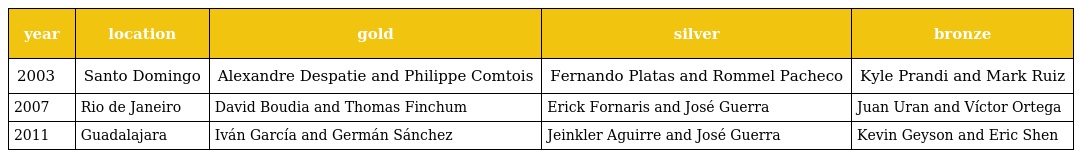
| year | location | gold | silver | bronze |
 | --- | --- | --- | --- | --- |
 | 2003 | Santo Domingo | Alexandre Despatie and Philippe Comtois | Fernando Platas and Rommel Pacheco | Kyle Prandi and Mark Ruiz |
 | 2007 | Rio de Janeiro | David Boudia and Thomas Finchum | Erick Fornaris and José Guerra | Juan Uran and Víctor Ortega |
 | 2011 | Guadalajara | Iván García and Germán Sánchez | Jeinkler Aguirre and José Guerra | Kevin Geyson and Eric Shen |